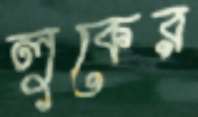
লুকের